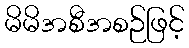
မိမိအစီအစဉ်ဖြင့်